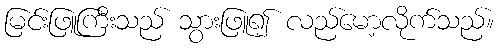
မြင်းဖြူကြီးသည် သွားဖြူ၍ လည်မော့လိုက်သည်။